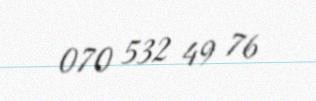
070 532 49 76